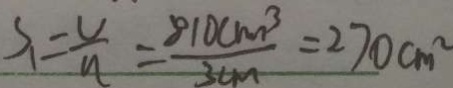
S _ { 1 } = \frac { v } { u } = \frac { 8 1 0 c m ^ { 3 } } { 3 c m } = 2 7 0 c m ^ { 2 }